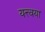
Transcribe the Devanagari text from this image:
यत्त्वया